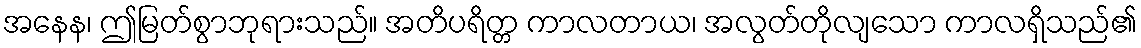
အနေန၊ ဤမြတ်စွာဘုရားသည်။ အတိပရိတ္တ ကာလတာယ၊ အလွတ်တိုလျသော ကာလရှိသည်၏